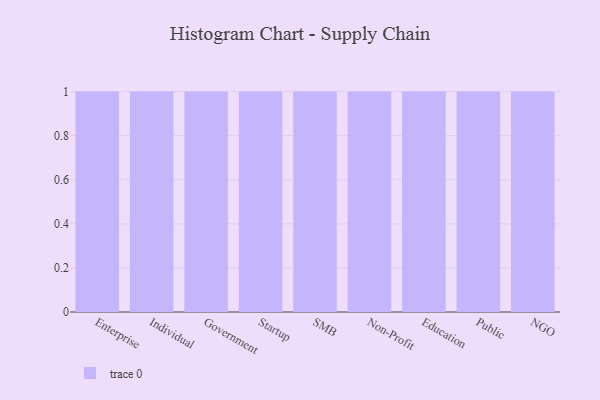
{"axis": {"x": "Segment", "y": "Demand Index"}, "legend": [""], "data": [{"x": "Enterprise", "y": 24, "type": ""}, {"x": "Individual", "y": 7, "type": ""}, {"x": "Government", "y": 42, "type": ""}, {"x": "Startup", "y": 87, "type": ""}, {"x": "SMB", "y": 57, "type": ""}, {"x": "Non-Profit", "y": 50, "type": ""}, {"x": "Education", "y": 7, "type": ""}, {"x": "Public", "y": 8, "type": ""}, {"x": "NGO", "y": 47, "type": ""}]}